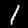
Digit: 1